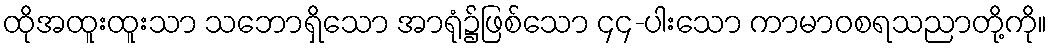
ထိုအထူးထူးသာ သဘောရှိသော အာရုံ၌ဖြစ်သော ၄၄-ပါးသော ကာမာဝစရသညာတို့ကို။